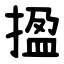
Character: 㨕